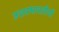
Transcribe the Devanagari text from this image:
उत्तरभारतीयों